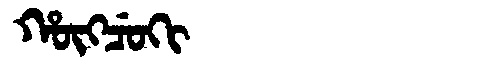
Manchu: ᡥᡡᡴᠴᡠᡴᡳ
Romanization: HŪKCUKI